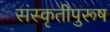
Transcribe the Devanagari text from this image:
संस्कृतीपुरूष